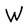
Character: W